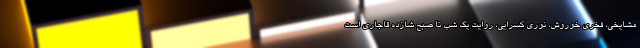
مشايخي، فخري خوروش، نوري کسرايي، روايت يک شب تا صبح شازده قاجاري است